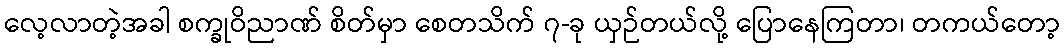
လေ့လာတဲ့အခါ စက္ခုဝိညာဏ် စိတ်မှာ စေတသိက် ၇-ခု ယှဉ်တယ်လို့ ပြောနေကြတာ၊ တကယ်တော့